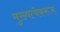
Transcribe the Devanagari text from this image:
मुख्यत्वेकरून्